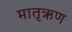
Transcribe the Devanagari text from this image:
मातृऋण